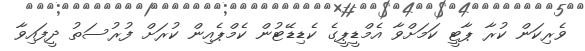
ވެރިކަން ކުރާ ޕާޓީ ކަމަށްވާ އެމްޑީޕީގެ ކެޑިޑޭޓުން ކެމްޕެއިން ކުރަށް ފުރުސަތު ދީފައިވާ